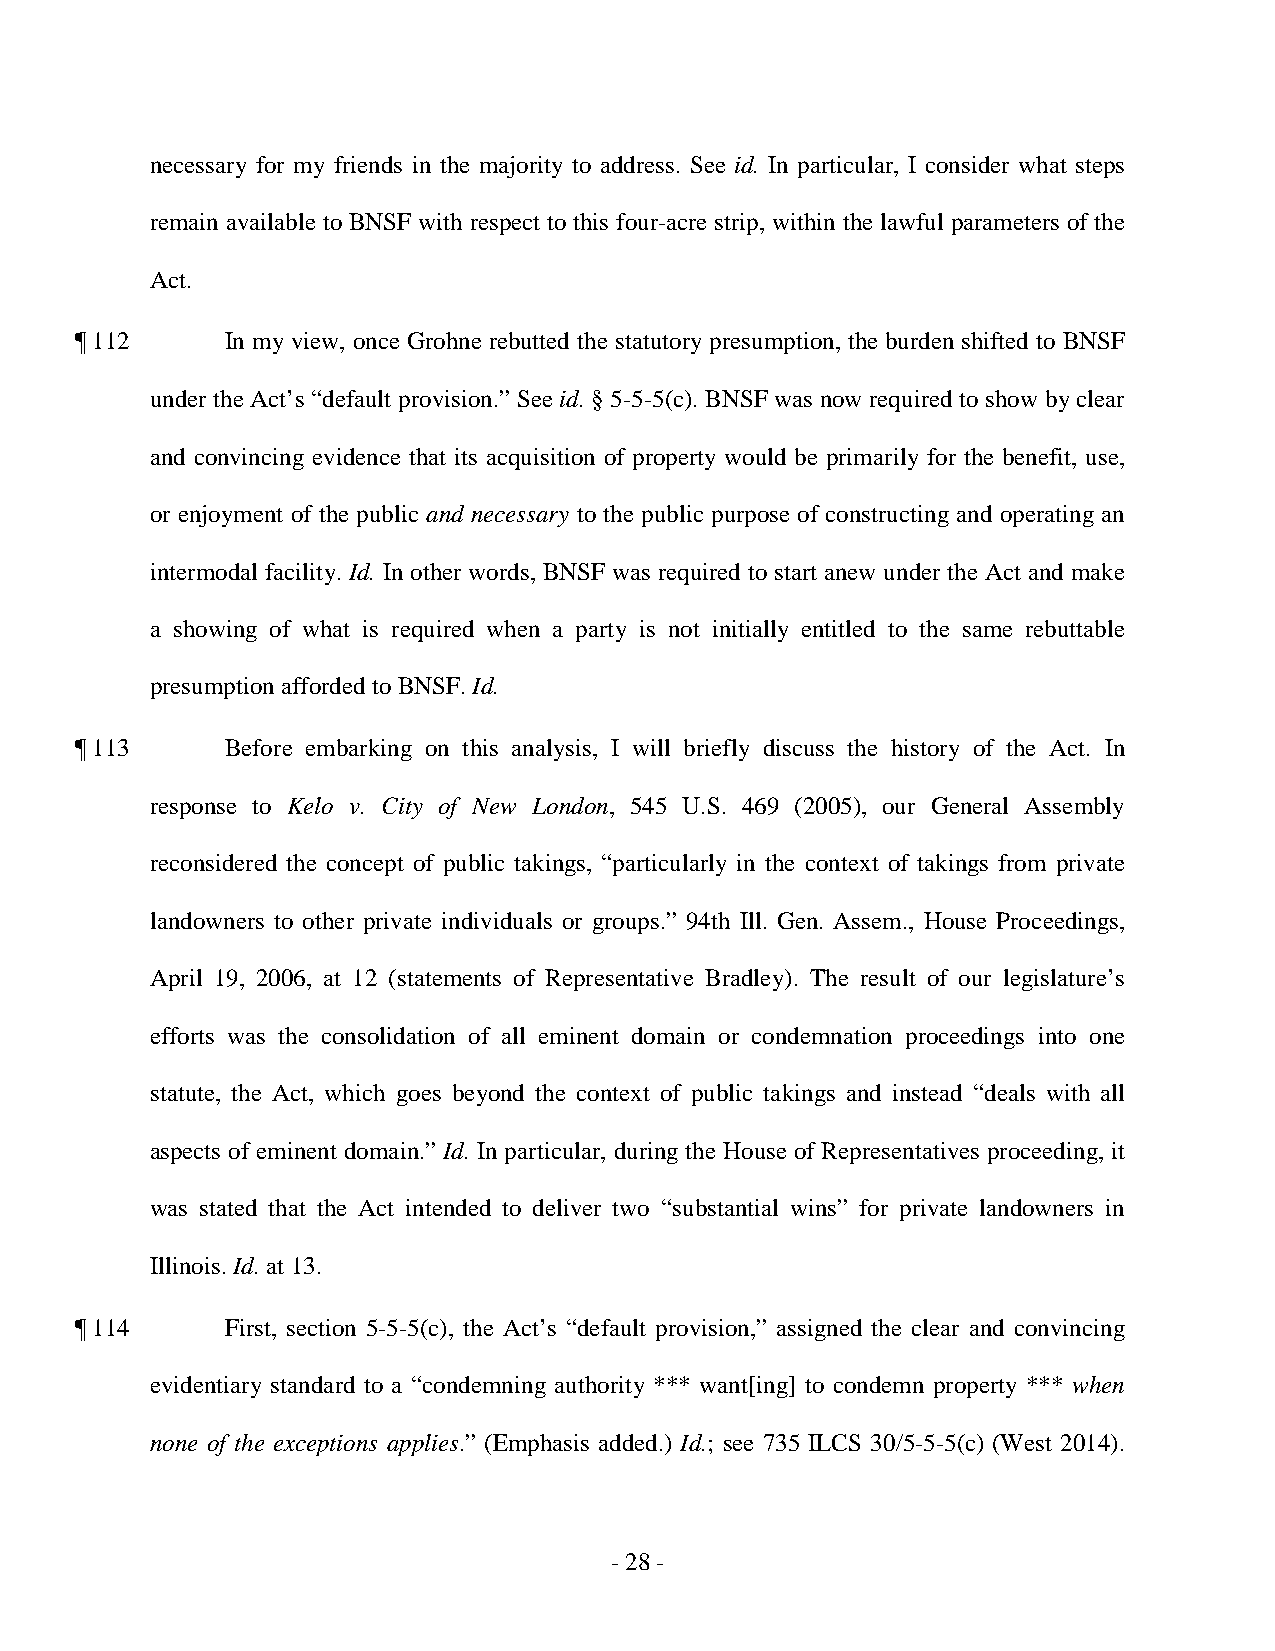
necessary for my friends in the majority to address. See id. In particular, I consider what steps
 remain available to BNSF with respect to this four-acre strip, within the lawful parameters of the
 Act.
 ¶ 112     In my view, once Grohne rebutted the statutory presumption, the burden shifted to BNSF
 under the Act’s “default provision.” See id. § 5-5-5(c). BNSF was now required to show by clear
 and convincing evidence that its acquisition of property would be primarily for the benefit, use,
 or enjoyment of the public and necessary to the public purpose of constructing and operating an
 intermodal facility. Id. In other words, BNSF was required to start anew under the Act and make
 a showing of what is required when a party is not initially entitled to the same rebuttable
 presumption afforded to BNSF. Id.
 ¶ 113     Before embarking on this analysis, I will briefly discuss the history of the Act. In
 response to Kelo v. City of New London, 545 U.S. 469 (2005), our General Assembly
 reconsidered the concept of public takings, “particularly in the context of takings from private
 landowners to other private individuals or groups.” 94th Ill. Gen. Assem., House Proceedings,
 April 19, 2006, at 12 (statements of Representative Bradley). The result of our legislature’s
 efforts was the consolidation of all eminent domain or condemnation proceedings into one
 statute, the Act, which goes beyond the context of public takings and instead “deals with all
 aspects of eminent domain.” Id. In particular, during the House of Representatives proceeding, it
 was stated that the Act intended to deliver two “substantial wins” for private landowners in
 Illinois. Id. at 13.
 ¶ 114     First, section 5-5-5(c), the Act’s “default provision,” assigned the clear and convincing
 evidentiary standard to a “condemning authority *** want[ing] to condemn property *** when
 none of the exceptions applies.” (Emphasis added.) Id.; see 735 ILCS 30/5-5-5(c) (West 2014).
 - 2 8 ­